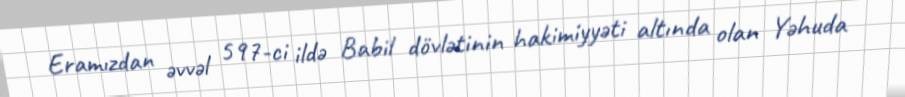
Eramızdan əvvəl 597-ci ildə Babil dövlətinin hakimiyyəti altında olan Yəhuda